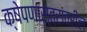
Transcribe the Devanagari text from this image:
क्षेपणास्त्रांवरील